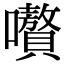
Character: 嚽